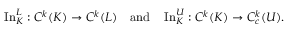
\operatorname { I n } _ { K } ^ { L } : C ^ { k } ( K ) \to C ^ { k } ( L ) \quad { \mathrm { a n d } } \quad \operatorname { I n } _ { K } ^ { U } : C ^ { k } ( K ) \to C _ { c } ^ { k } ( U ) .